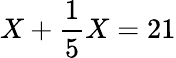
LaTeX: X+\frac{1}{5}X=21